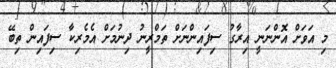
މި އަވަށް އޮންނަނީ އިރާގު ސިފައިންނަށް ތަމްރީނު ދިނުމަށް އެމެރިކާ ސިފައިން ތިބޭ